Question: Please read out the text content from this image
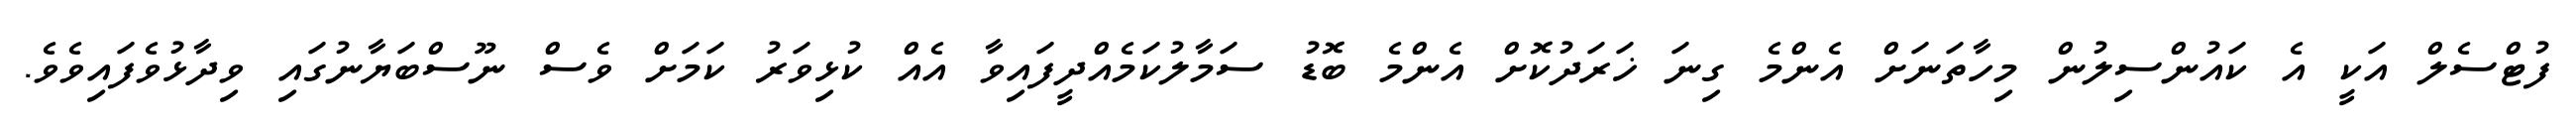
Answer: ފުޓްސެލް އަކީ އެ ކައުންސިލުން މިހާތަނަށް އެންމެ ގިނަ ޚަރަދުކޮށް އެންމެ ބޮޑު ސަމާލުކަމެއްދީފައިވާ އެއް ކުޅިވަރު ކަމަށް ވެސް ނޫސްބަޔާނުގައި ވިދާޅުވެފައިވެވެ.